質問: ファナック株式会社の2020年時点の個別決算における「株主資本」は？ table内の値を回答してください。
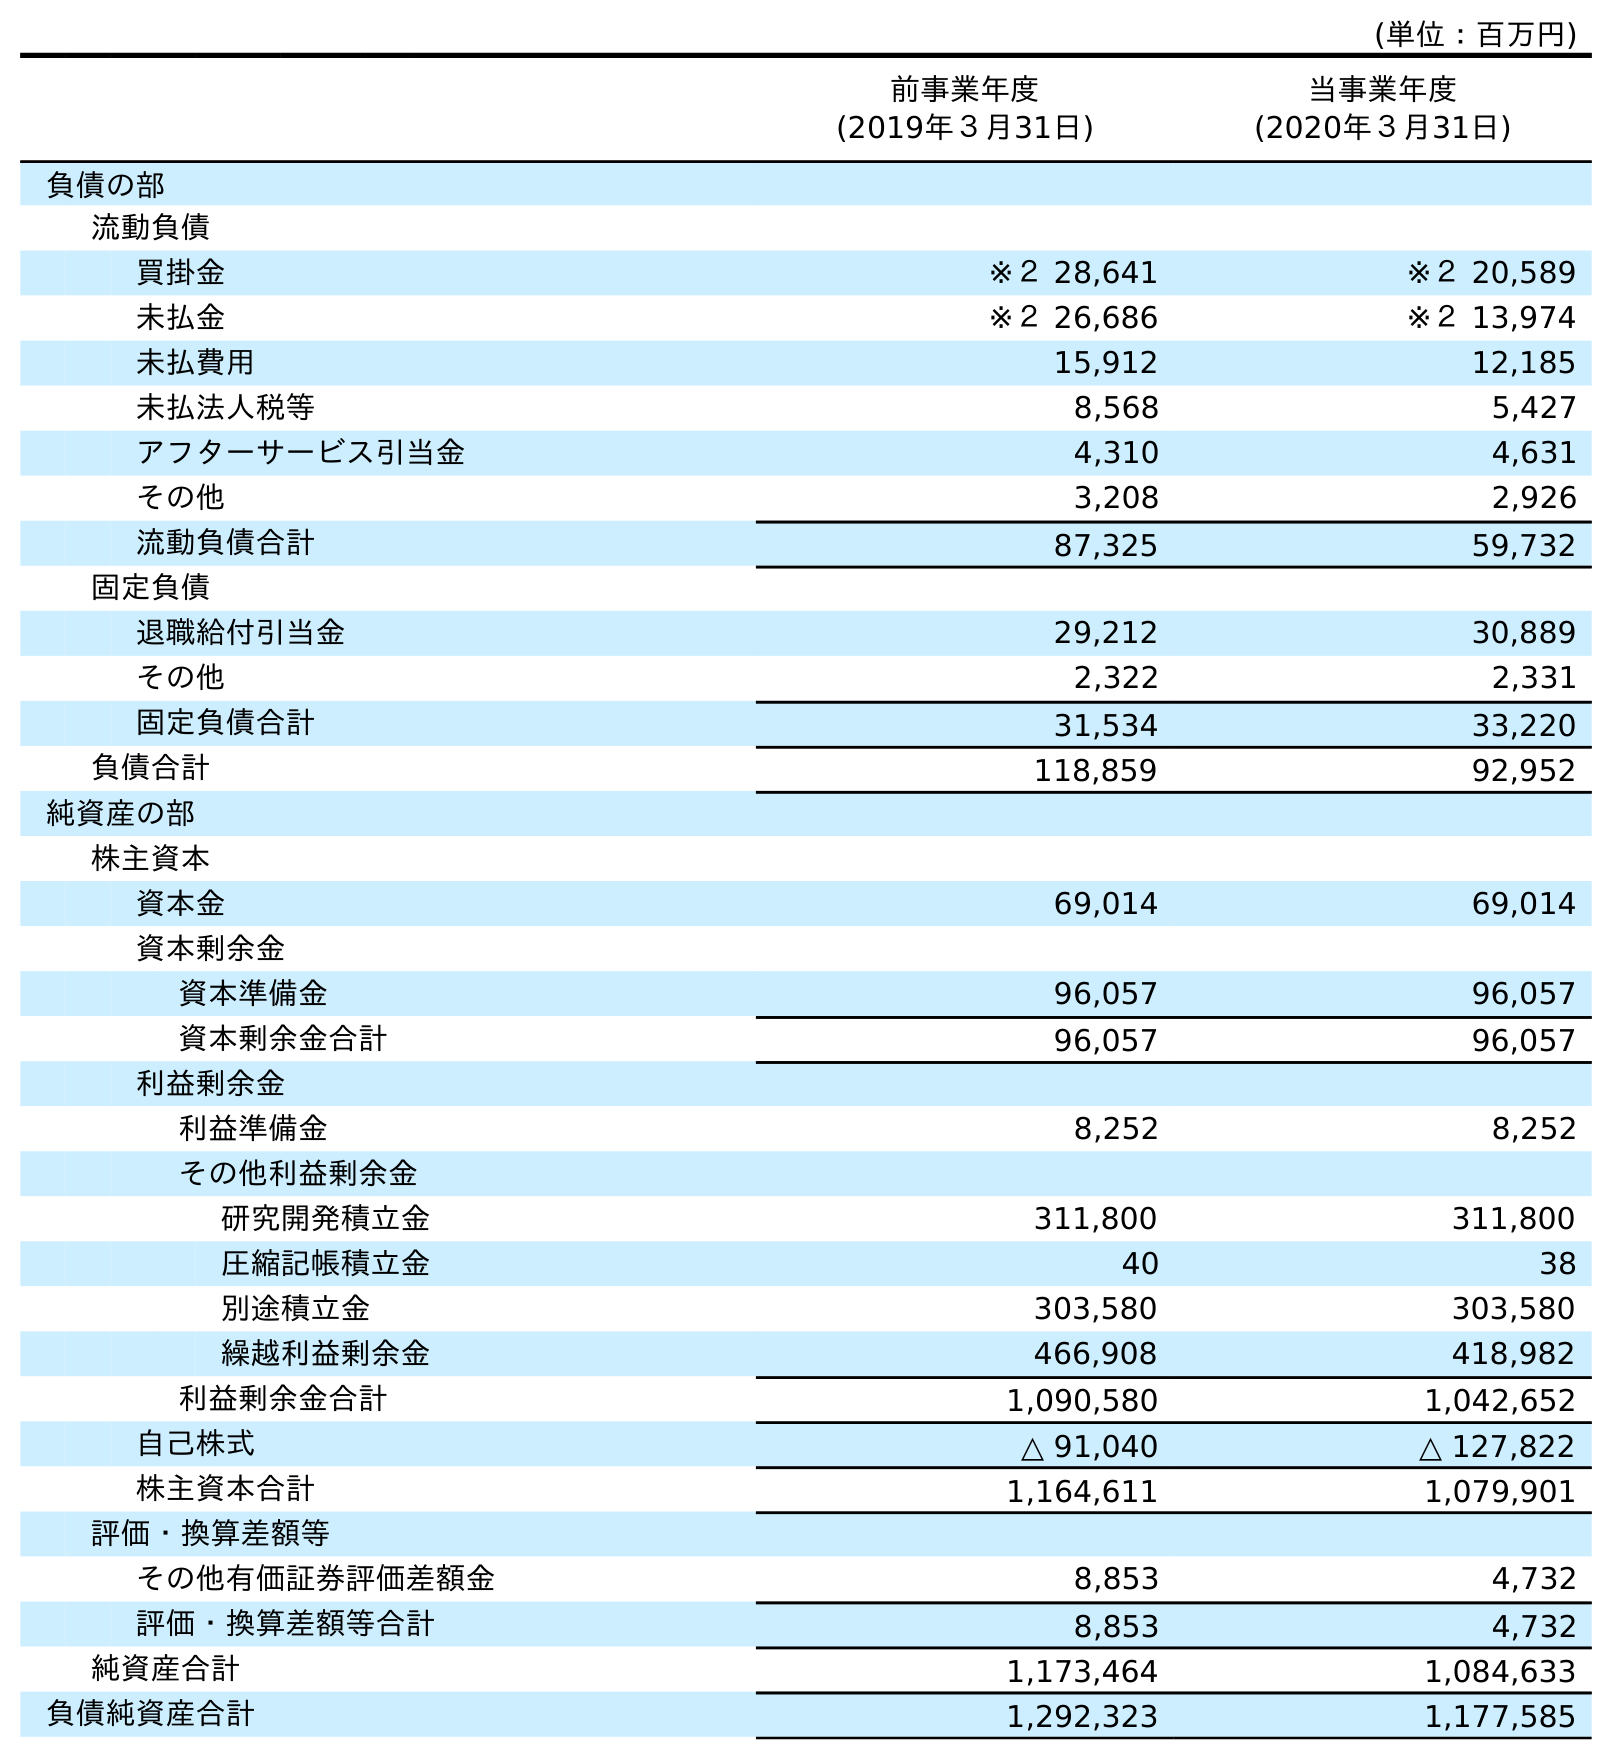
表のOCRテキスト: (単位：百万円) 前事業年度 (2019年３月31日) 当事業年度 (2020年３月31日) 負債の部 流動負債 買掛金 ※２ 28,641 ※２ 20,589 未払金 ※２ 26,686 ※２ 13,974 未払費用 15,912 12,185 未払法人税等 8,568 5,427 アフターサービス引当金 4,310 4,631 その他 3,208 2,926 流動負債合計 87,325 59,732 固定負債 退職給付引当金 29,212 30,889 その他 2,322 2,331 固定負債合計 31,534 33,220 負債合計 118,859 92,952 純資産の部 株主資本 資本金 69,014 69,014 資本剰余金 資本準備金 96,057 96,057 資本剰余金合計 96,057 96,057 利益剰余金 利益準備金 8,252 8,252 その他利益剰余金 研究開発積立金 311,800 311,800 圧縮記帳積立金 40 38 別途積立金 303,580 303,580 繰越利益剰余金 466,908 418,982 利益剰余金合計 1,090,580 1,042,652 自己株式 △ 91,040 △ 127,822 株主資本合計 1,164,611 1,079,901 評価・換算差額等 その他有価証券評価差額金 8,853 4,732 評価・換算差額等合計 8,853 4,732 純資産合計 1,173,464 1,084,633 負債純資産合計 1,292,323 1,177,585
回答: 1,079,901